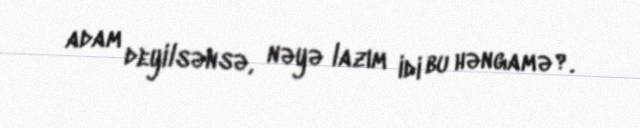
adam deyilsənsə, nəyə lazım idi bu həngamə?.